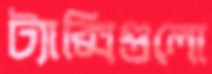
ট্যাক্সিগুলো